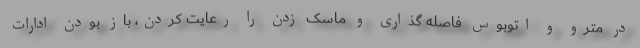
در مترو و اتوبوس فاصله گذاری و ماسک زدن را رعایت کردن، باز بودن ادارات